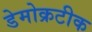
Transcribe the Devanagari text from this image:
डेमोक्रटीक